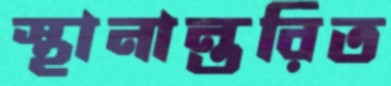
স্থানান্তরিত